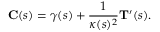
\mathbf { C } ( s ) = { \boldsymbol { \gamma } } ( s ) + { \frac { 1 } { \kappa ( s ) ^ { 2 } } } \mathbf { T } ^ { \prime } ( s ) .